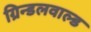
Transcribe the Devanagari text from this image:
ग्रिन्डलवाल्ड